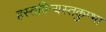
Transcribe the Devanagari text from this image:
हस्तविन्यस्तकुम्भा